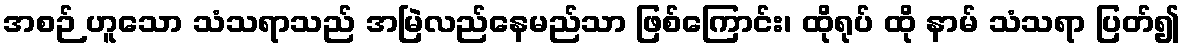
အစဉ် ဟူသော သံသရာသည် အမြဲလည်နေမည်သာ ဖြစ်ကြောင်း၊ ထိုရုပ် ထို နာမ် သံသရာ ပြတ်၍